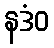
နဒံဝ